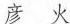
彦 火